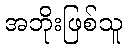
အဘိုးဖြစ်သူ